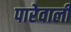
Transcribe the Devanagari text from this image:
पारेवाली